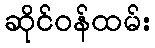
ဆိုင်ဝန်ထမ်း